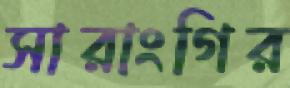
সারাংগির